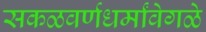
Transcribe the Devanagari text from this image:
सकळवर्णधर्मांवेगळे